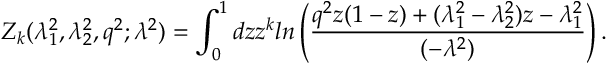
Z _ { k } ( \lambda _ { 1 } ^ { 2 } , \lambda _ { 2 } ^ { 2 } , q ^ { 2 } ; \lambda ^ { 2 } ) = \int _ { 0 } ^ { 1 } d z z ^ { k } l n \left( \frac { q ^ { 2 } z ( 1 - z ) + ( \lambda _ { 1 } ^ { 2 } - \lambda _ { 2 } ^ { 2 } ) z - \lambda _ { 1 } ^ { 2 } } { ( - \lambda ^ { 2 } ) } \right) .